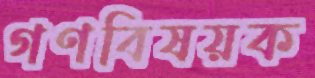
গণবিষয়ক